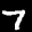
Label: 7